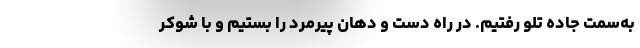
به‌سمت جاده تلو رفتیم. در راه دست و دهان پیرمرد را بستیم و با شوکر